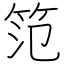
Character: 笵